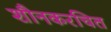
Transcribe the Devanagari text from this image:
शौनकरचित